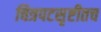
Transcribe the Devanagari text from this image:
चित्रपटसृष्टीतच